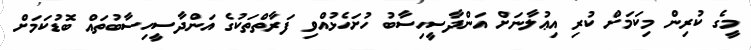
މީގެ ކުރިން މިކަމަށް ކުރި އިޢުލާނަށް އަންދާސީހިސާބު ހުށަހެޅުއްވި ފަރާތްތަކުގެ އަންދާސީހިސާބުތައް ބޮޑުކަމަށް